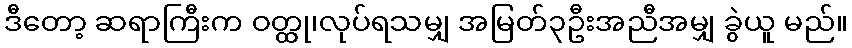
ဒီတော့ ဆရာကြီးက ဝတ္ထု၊လုပ်ရသမျှ အမြတ်၃ဦးအညီအမျှ ခွဲယူ မည်။